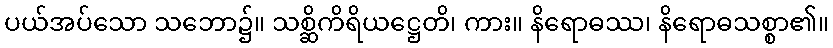
ပယ်အပ်သော သဘော၌။ သစ္ဆိကိရိယဋ္ဌေတိ၊ ကား။ နိရောဓဿ၊ နိရောဓသစ္စာ၏။